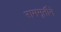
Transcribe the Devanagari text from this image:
राममूर्तीने